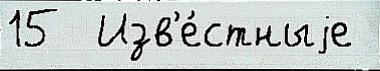
15  Изв'е́стныjе